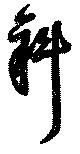
斜